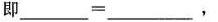
即$$___ = ___$$，